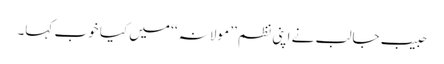
حبیب جالب نے اپنی نظم ’’ مولانہ ‘‘ میں کیا خوب کہا۔